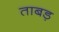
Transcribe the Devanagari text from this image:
ताबड़